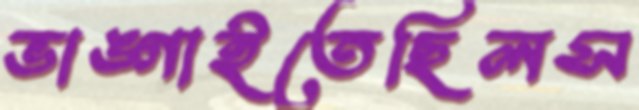
ভাঙ্গাইতেছিলস